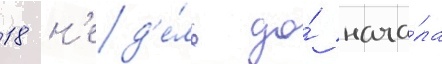
18 н'ед'е́ль до́ нача́ла